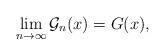
LaTeX: \begin{align*} \lim _{n\to\infty}\mathcal G_n(x)=G(x) ,\end{align*}